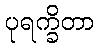
ပုရက္ခိတာ